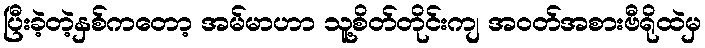
ပြီးခဲ့တဲ့နှစ်ကတော့ အမ်မာဟာ သူ့စိတ်တိုင်းကျ အဝတ်အစားဗီရိုထဲမှ